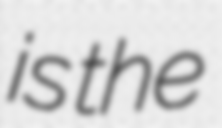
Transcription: is the